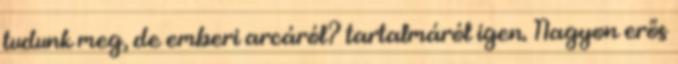
tudunk meg, de emberi arcáról? tartalmáról igen. Nagyon erős